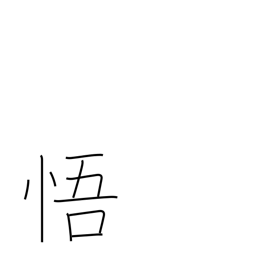
Meaning: perceive